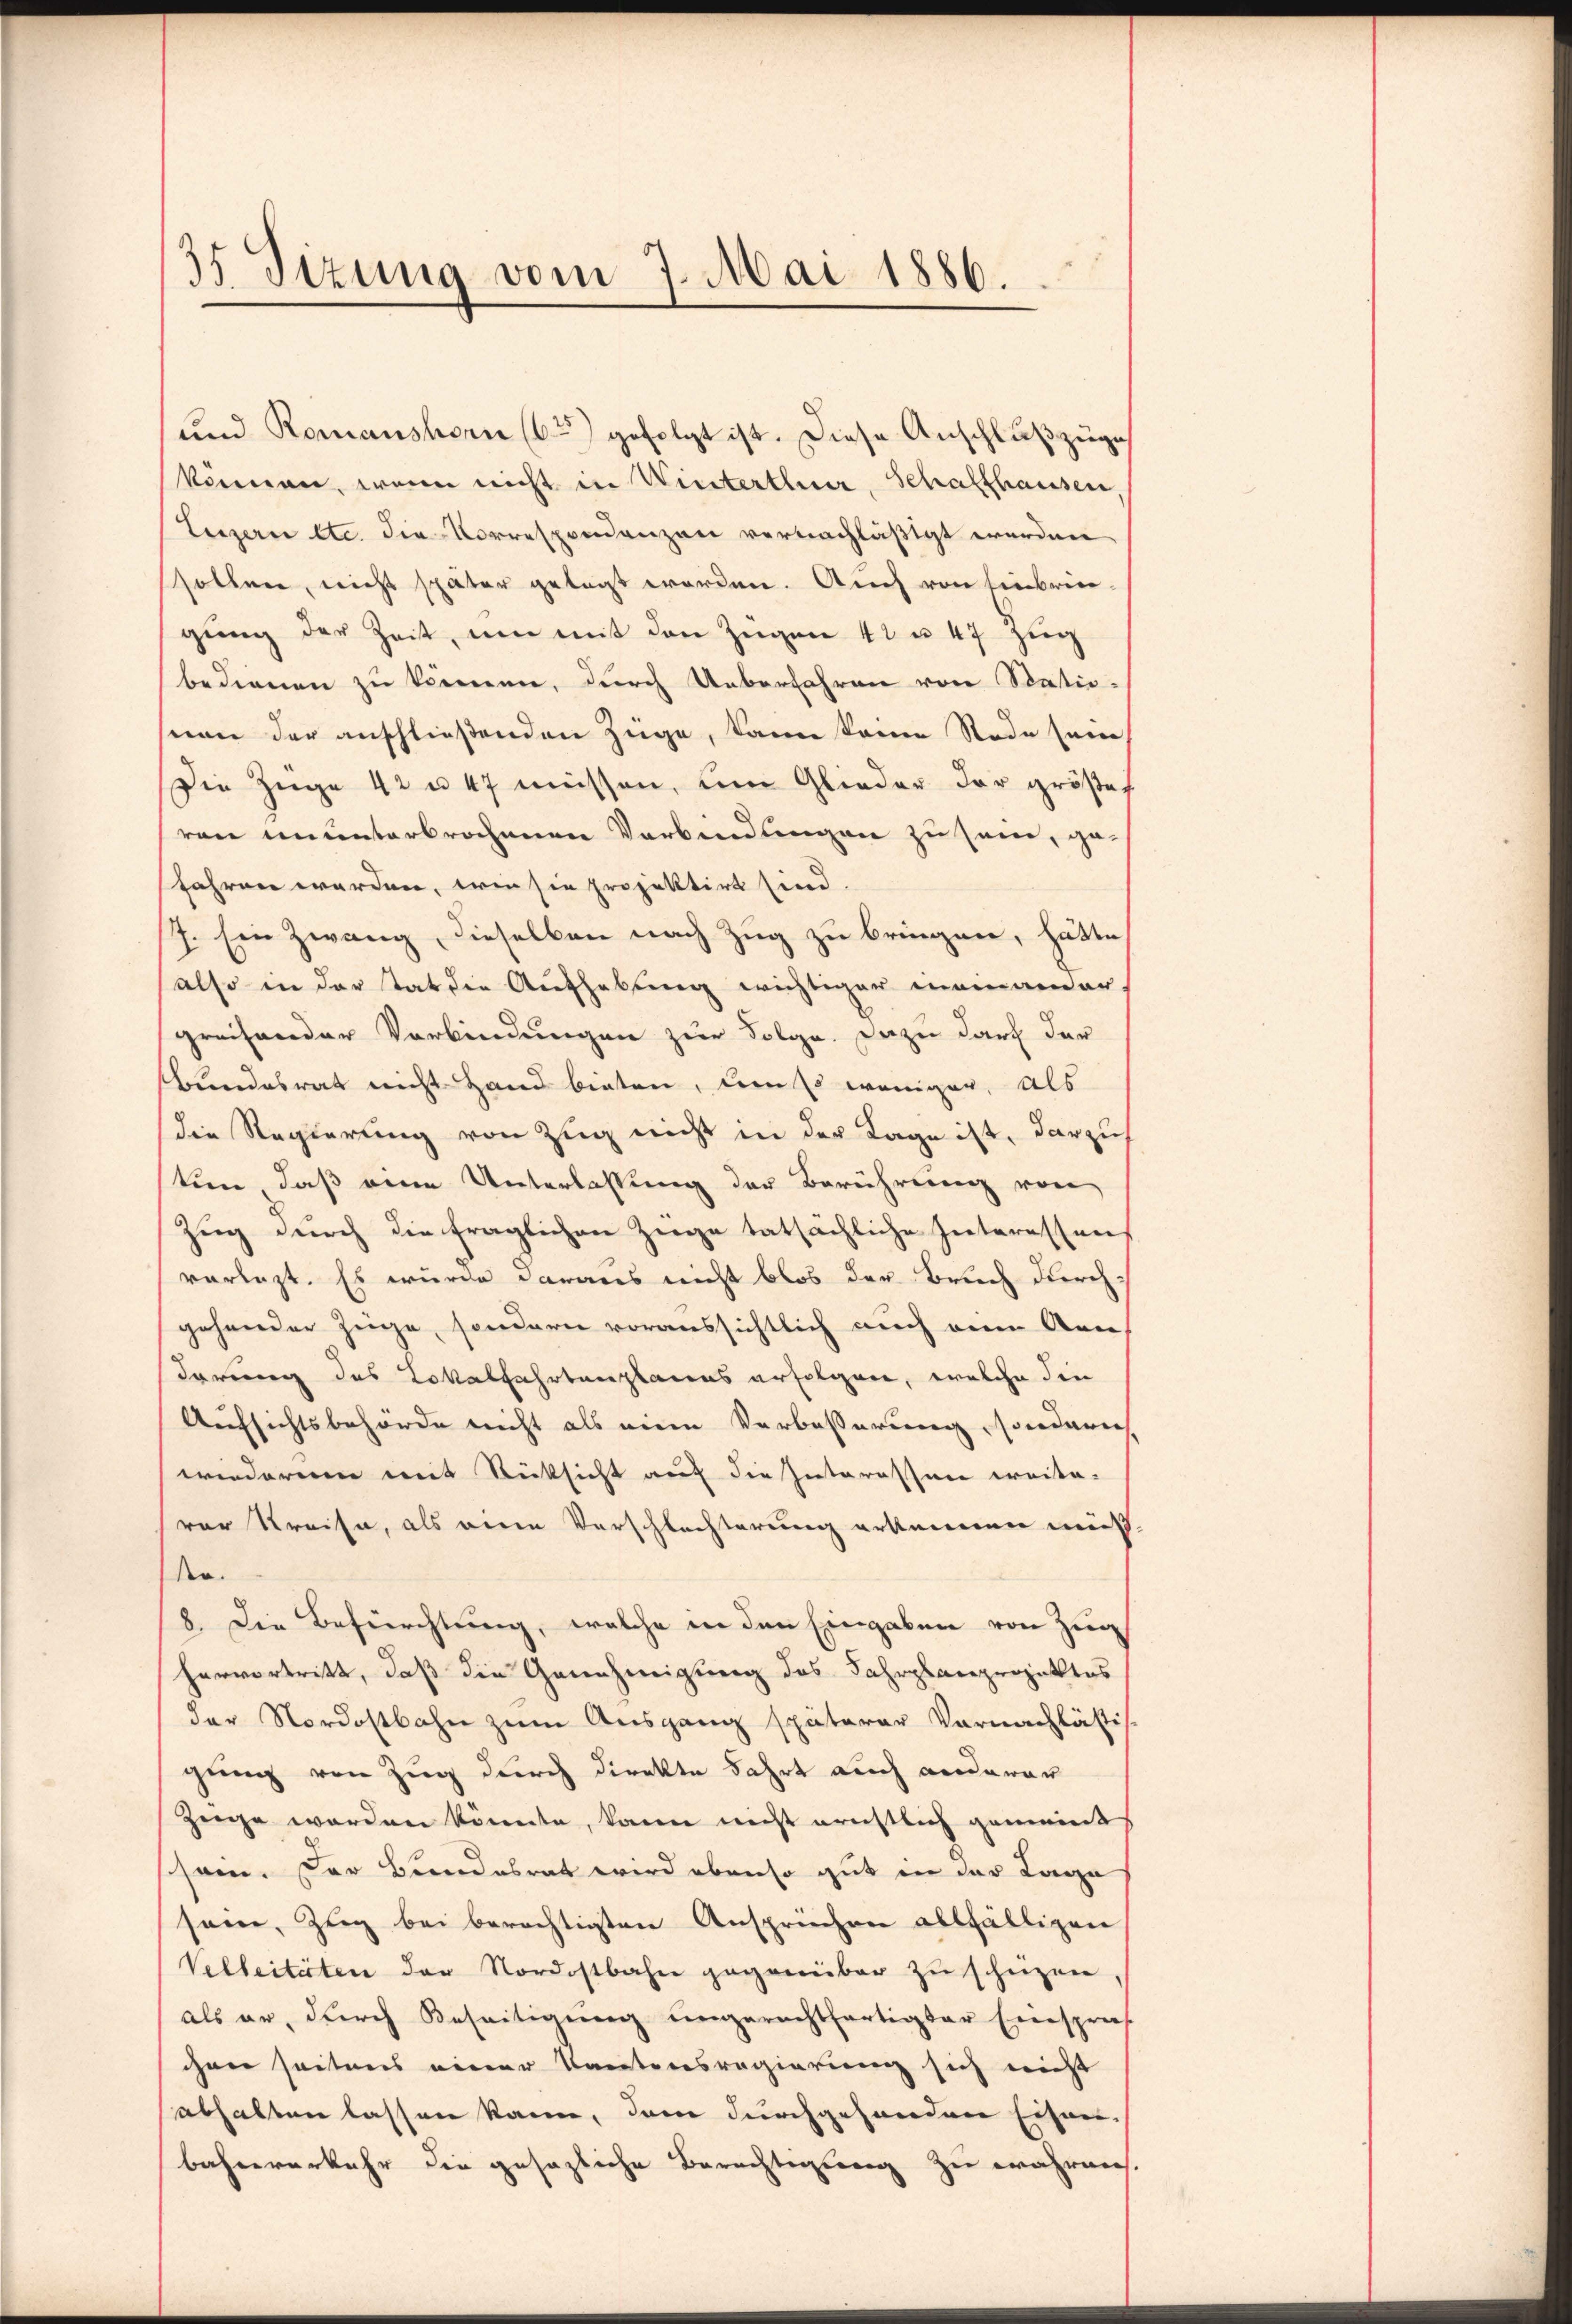
35 Sizung vom 7. Mai 1886.

und Romanshorn (62) gefolgt ist. Diese Anschluß zuges
können, wenn nicht in Winterthner Schaffhausen
Luzern etc. die Vorrespondenzen vernachläßigt werden
sollen, nicht später gelegt worden. Auch von Einbringŭng der Zeit, um mit den Zügen 42 u. 47 zug
bedienen zu können, durch Ueberfahren von Statio-
von der anschließenden Züge, kann keine Rade sein
Die Züge 42 u. 47 müssen, um Glieder der größer
von ununterbrochenen Verbindungen zu sei, gefahren werden, wie sie projektirt sind.
J. Ein Zwang, dieselben nach Zug zu bringen, hätte
also in der tat die Aufhebung wichtiger meinander,
greifender Verbindungen zur Folge. Dazu darf der
Bundesrat nicht Hand bieten, dem so weniger, als
die Regierung von Zug nicht in der Tage ist, darzus
ten, daß eine Unterlassung der Berührung von
Zug durch die fraglichen Zuge tatsächliche Interessen
vorlegt. Es wurde daraus nicht blos der Bruch durch-
gehender Zuge, sondern voraussichtlich auch eine Ann
dörung des Lokalfahrtenplanes erfolgen, welche die
Aufsichtsbehörde nicht als eine Verbesserung, sondern
wiederen mit Rücksicht auf die Interessen weite-
vor Kreise, als eine Vorschlechterung erkennen muß.
der.
8. Die Befürchtung, welche in den Eingaben von Zug
hervortritt, daß die Genehmigung des Fahrplanprojektes
der Nordostbahn zum Ausgang späterer Vornachlästis
gung von Zug durch direkte Fahrt auch anderar
züge werden könnte, kann nicht ernstlich gemeint
sein. Der Bundesrat wird ebenso gut in der Lage
sein, Zug bei berechtigten Ansprüchen allfälligen
Velleiteten der Nordostbahn gegenüber zu schüzen
als er, durch Beseitigung ungerechtfertigter Einsprach
chen seitens einer Kantonsregierung sich nicht
abhalten lassen kann, dem durchgehanden Eisen-
bahnverkehr die gesezliche Berechtigung zu währen.